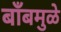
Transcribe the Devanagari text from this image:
बाँबमुळे